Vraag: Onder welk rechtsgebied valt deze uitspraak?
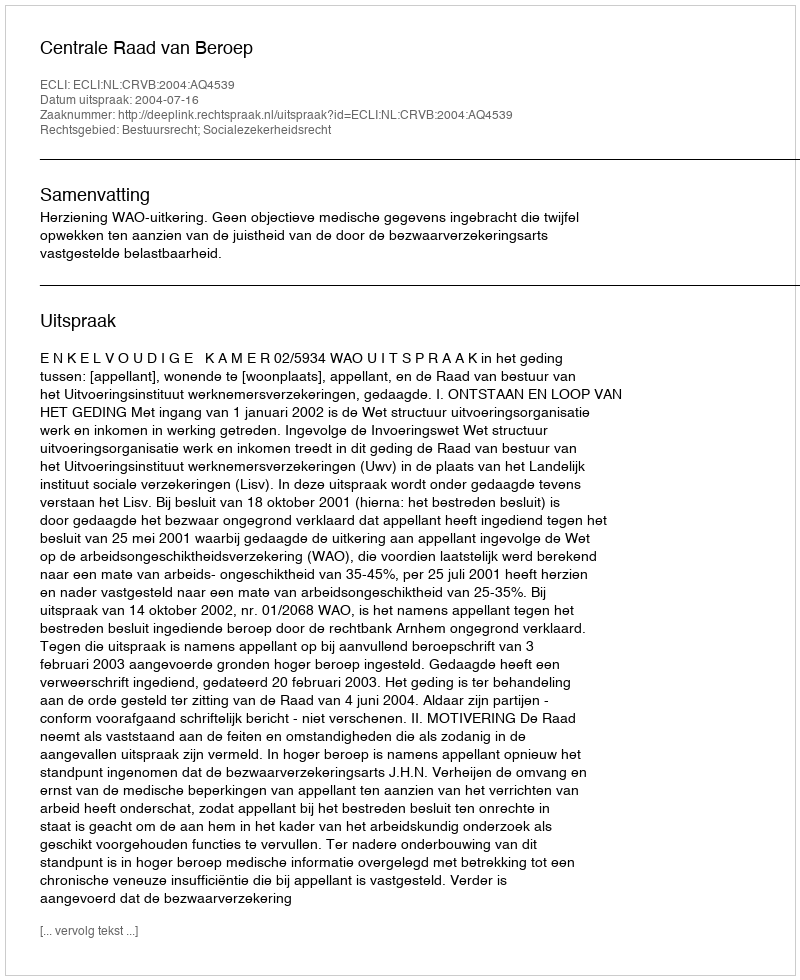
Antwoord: Bestuursrecht; Socialezekerheidsrecht